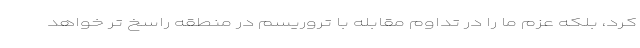
کرد، بلکه عزم ما را در تداوم مقابله با تروریسم در منطقه راسخ تر خواهد